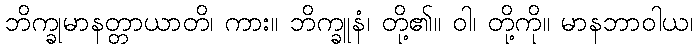
ဘိက္ခုမာနတ္တာယာတိ၊ ကား။ ဘိက္ခူနံ၊ တို့၏။ ဝါ၊ တို့ကို။ မာနဘာဝါယ၊